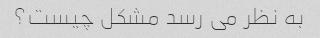
به نظر می رسد مشکل چیست؟